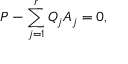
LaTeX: P - \sum _ { j = 1 } ^ { r } Q _ { j } A _ { j } = 0 ,